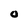
Character: O